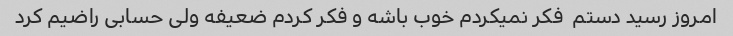
امروز رسید دستم  فکر نمیکردم خوب باشه و فکر کردم ضعیفه ولی حسابی راضیم کرد